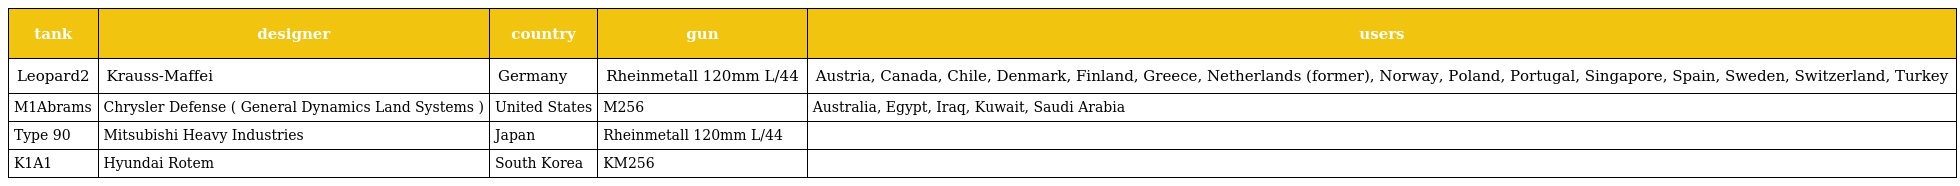
| tank | designer | country | gun | users |
 | --- | --- | --- | --- | --- |
 | Leopard2 | Krauss-Maffei | Germany | Rheinmetall 120mm L/44 | Austria, Canada, Chile, Denmark, Finland, Greece, Netherlands (former), Norway, Poland, Portugal, Singapore, Spain, Sweden, Switzerland, Turkey |
 | M1Abrams | Chrysler Defense ( General Dynamics Land Systems ) | United States | M256 | Australia, Egypt, Iraq, Kuwait, Saudi Arabia |
 | Type 90 | Mitsubishi Heavy Industries | Japan | Rheinmetall 120mm L/44 |  |
 | K1A1 | Hyundai Rotem | South Korea | KM256 |  |